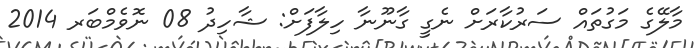
މާލޭގެ މަގުތައް ސަރުކާރަށް ނެގީ ގާނޫނާ ހިލާފަށް: ޝާހިދު 08 ނޮވެމްބަރ 2014